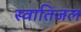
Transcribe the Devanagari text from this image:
स्वातिजल